Annual report on the Civil Veterinary Department, Burma (including the Insein Veterinary School) - 1910-1922
Year: 1910
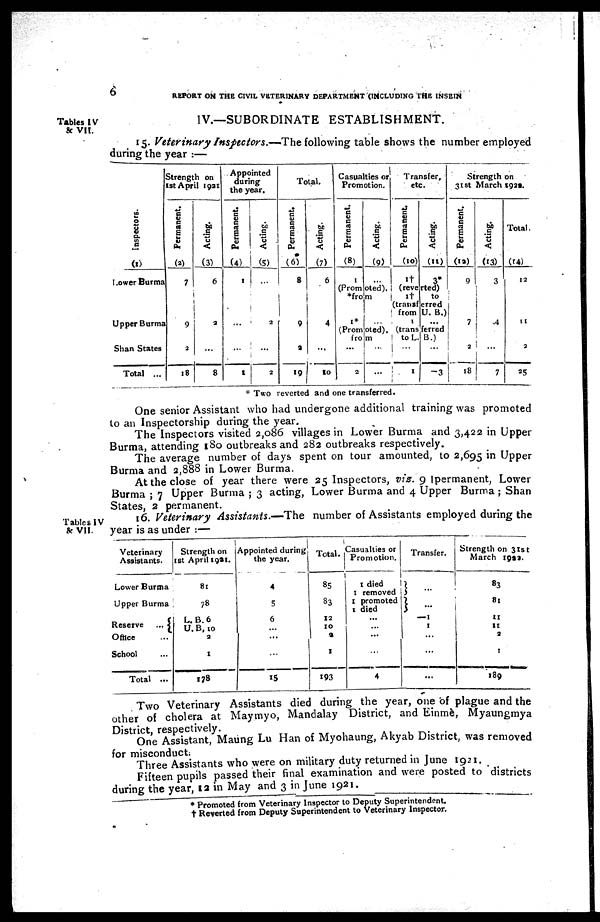
6
REPORT ON THE CIVIL VETERINARY DEPARTMENT (INCLUDING THE INSEIN
IV.—SUBORDINATE ESTABLISHMENT.
Tables IV
& VII.
15. Veterinary Inspectors.—The following table shows the number employed
during the year :—
Inspectors.
(1)
Lower Burma
Upper Burma
Shan States
Total ...
Strength on
1st April 1931
Permanent.
(2)
7
9
2
18
Acting.
(3)
6
2
...
8
Appointed
during
the year.
Permanent.
(4)
1
...
...
1
Acting.
(5)
...
2
...
2
Total.
Permanent.
(6)
8
9
3
19
Acting.
(7)
6
4
...
10
Casualties or
Promotion.
Permanent.
(8)
1
Acting.
(9)
...
(Promoted).
*from
1* ...
(Promoted).
from
...
2
...
...
Transfer,
etc.
Permanent.
(10)
1†
Acting.
(11)
3*
(reverted)
1†
to
(transferred
from U. B.)
1
...
(transferred
to L. B.)
...
1
...
-3
Strength on
31st March 1922.
Permanent.
(12)
9
7
2
18
Acting.
(13)
3
4
...
7
Total.
(14)
12
11
2
25
* Two reverted and one transferred.
One senior Assistant who had undergone additional training was promoted
to an Inspectorship during the year.
The Inspectors visited 2,086 villages in Lower Burma and 3,422 in Upper
Burma, attending 180 outbreaks and 282 outbreaks respectively.
The average number of days spent on tour amounted, to 2,695 in Upper
Burma and 2,888 in Lower Burma.
At the close of year there were 25 Inspectors, viz. 9 Ipermanent, Lower
Burma ; 7 Upper Burma ; 3 acting, Lower Burma and 4 Upper Burma ; Shan
States. 2 permanent.
Tables IV
& VII.
16. Veterinary Assistants.—The number of Assistants employed during the
year is as under :—
Veterinary
Assistants.
Lower Burma
Upper Burma
Reserve
...
Office ...
School ...
Total ...
Strength on
1st April 1921.
81
78
L. B. 6
U. B. 10
2
1
178
Appointed during
the year.
4
5
6
...
...
...
15
Total.
85
83
12
10
2
1
193
Casualties or
Promotion.
I died
I removed
I promoted
I died
...
...
...
...
4
Transfer.
...
...
-1
1
...
...
...
Strength on 31st
March 193a.
83
81
11
11
2
1
189
Two Veterinary Assistants died during the year, one of plague and the
other of cholera at Maymyo, Mandalay District, and Einmè, Myaungmya
District, respectively.
One Assistant, Maung Lu Han of Myohaung, Akyab District, was removed
for misconduct.
Three Assistants who were on military duty returned in June 1921.
Fifteen pupils passed their final examination and were posted to districts
during the year, 12 in May and 3 in June 1921.
* Promoted from Veterinary Inspector to Deputy Superintendent.
† Reverted from Deputy Superintendent to Veterinary Inspector.